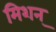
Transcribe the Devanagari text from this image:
मिशन्‌